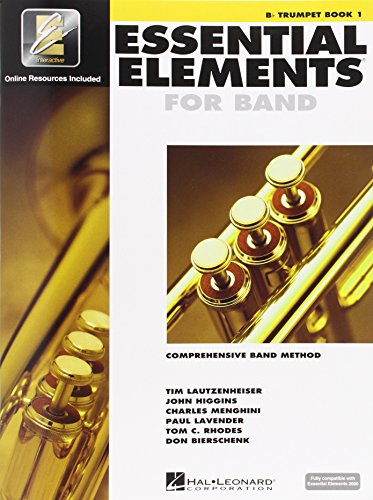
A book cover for Essential Elements 2000: Comprehensive Band Method: B Flat Trumpet Book 1; Tim Lautzenheiser; Arts & Photography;